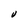
Character: V